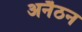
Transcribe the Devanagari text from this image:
अनैठन